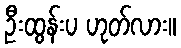
ဦးထွန်းပ ဟုတ်လား။